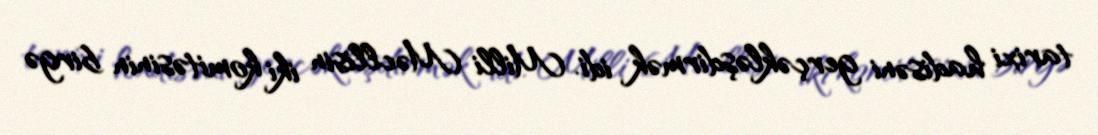
tarixi hadisəni gerçəkləşdirmək idi. Milli Məcllisin iki komitəsinin birgə